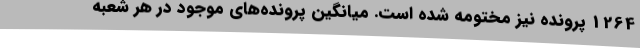
1264 پرونده نیز مختومه شده است. میانگین پرونده‌های موجود در هر شعبه